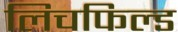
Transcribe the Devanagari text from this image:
लिचफिल्ड